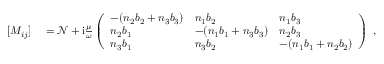
\begin{array} { r l } { [ M _ { i j } ] } & { { } = \mathcal { N } + \mathrm { i } \frac { \mu } { \omega } \left( \begin{array} { l l l } { - ( n _ { 2 } b _ { 2 } + n _ { 3 } b _ { 3 } ) } & { n _ { 1 } b _ { 2 } } & { n _ { 1 } b _ { 3 } } \\ { n _ { 2 } b _ { 1 } } & { - ( n _ { 1 } b _ { 1 } + n _ { 3 } b _ { 3 } ) } & { n _ { 2 } b _ { 3 } } \\ { n _ { 3 } b _ { 1 } } & { n _ { 3 } b _ { 2 } } & { - ( n _ { 1 } b _ { 1 } + n _ { 2 } b _ { 2 } ) } \end{array} \right) \; , } \end{array}